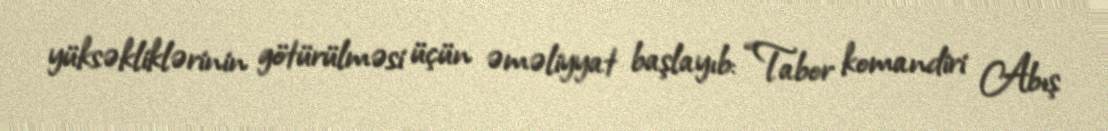
yüksəkliklərinin götürülməsi üçün əməliyyat başlayıb: “Tabor komandiri Abış